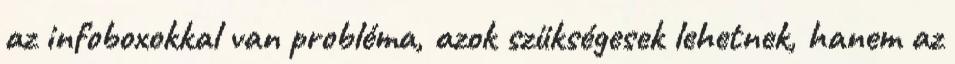
az infoboxokkal van probléma, azok szükségesek lehetnek, hanem az